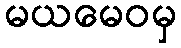
မယမေဝမှ